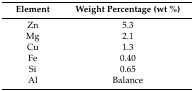
<table><thead><tr><td><b>Element</b></td><td><b>Weight Percentage (wt %)</b></td></tr></thead><tbody><tr><td>Zn</td><td>5.3</td></tr><tr><td>Mg</td><td>2.1</td></tr><tr><td>Cu</td><td>1.3</td></tr><tr><td>Fe</td><td>0.40</td></tr><tr><td>Si</td><td>0.65</td></tr><tr><td>Al</td><td>Balance</td></tr></tbody></table>